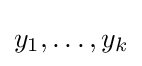
y_{1},\ldots ,y_{k}